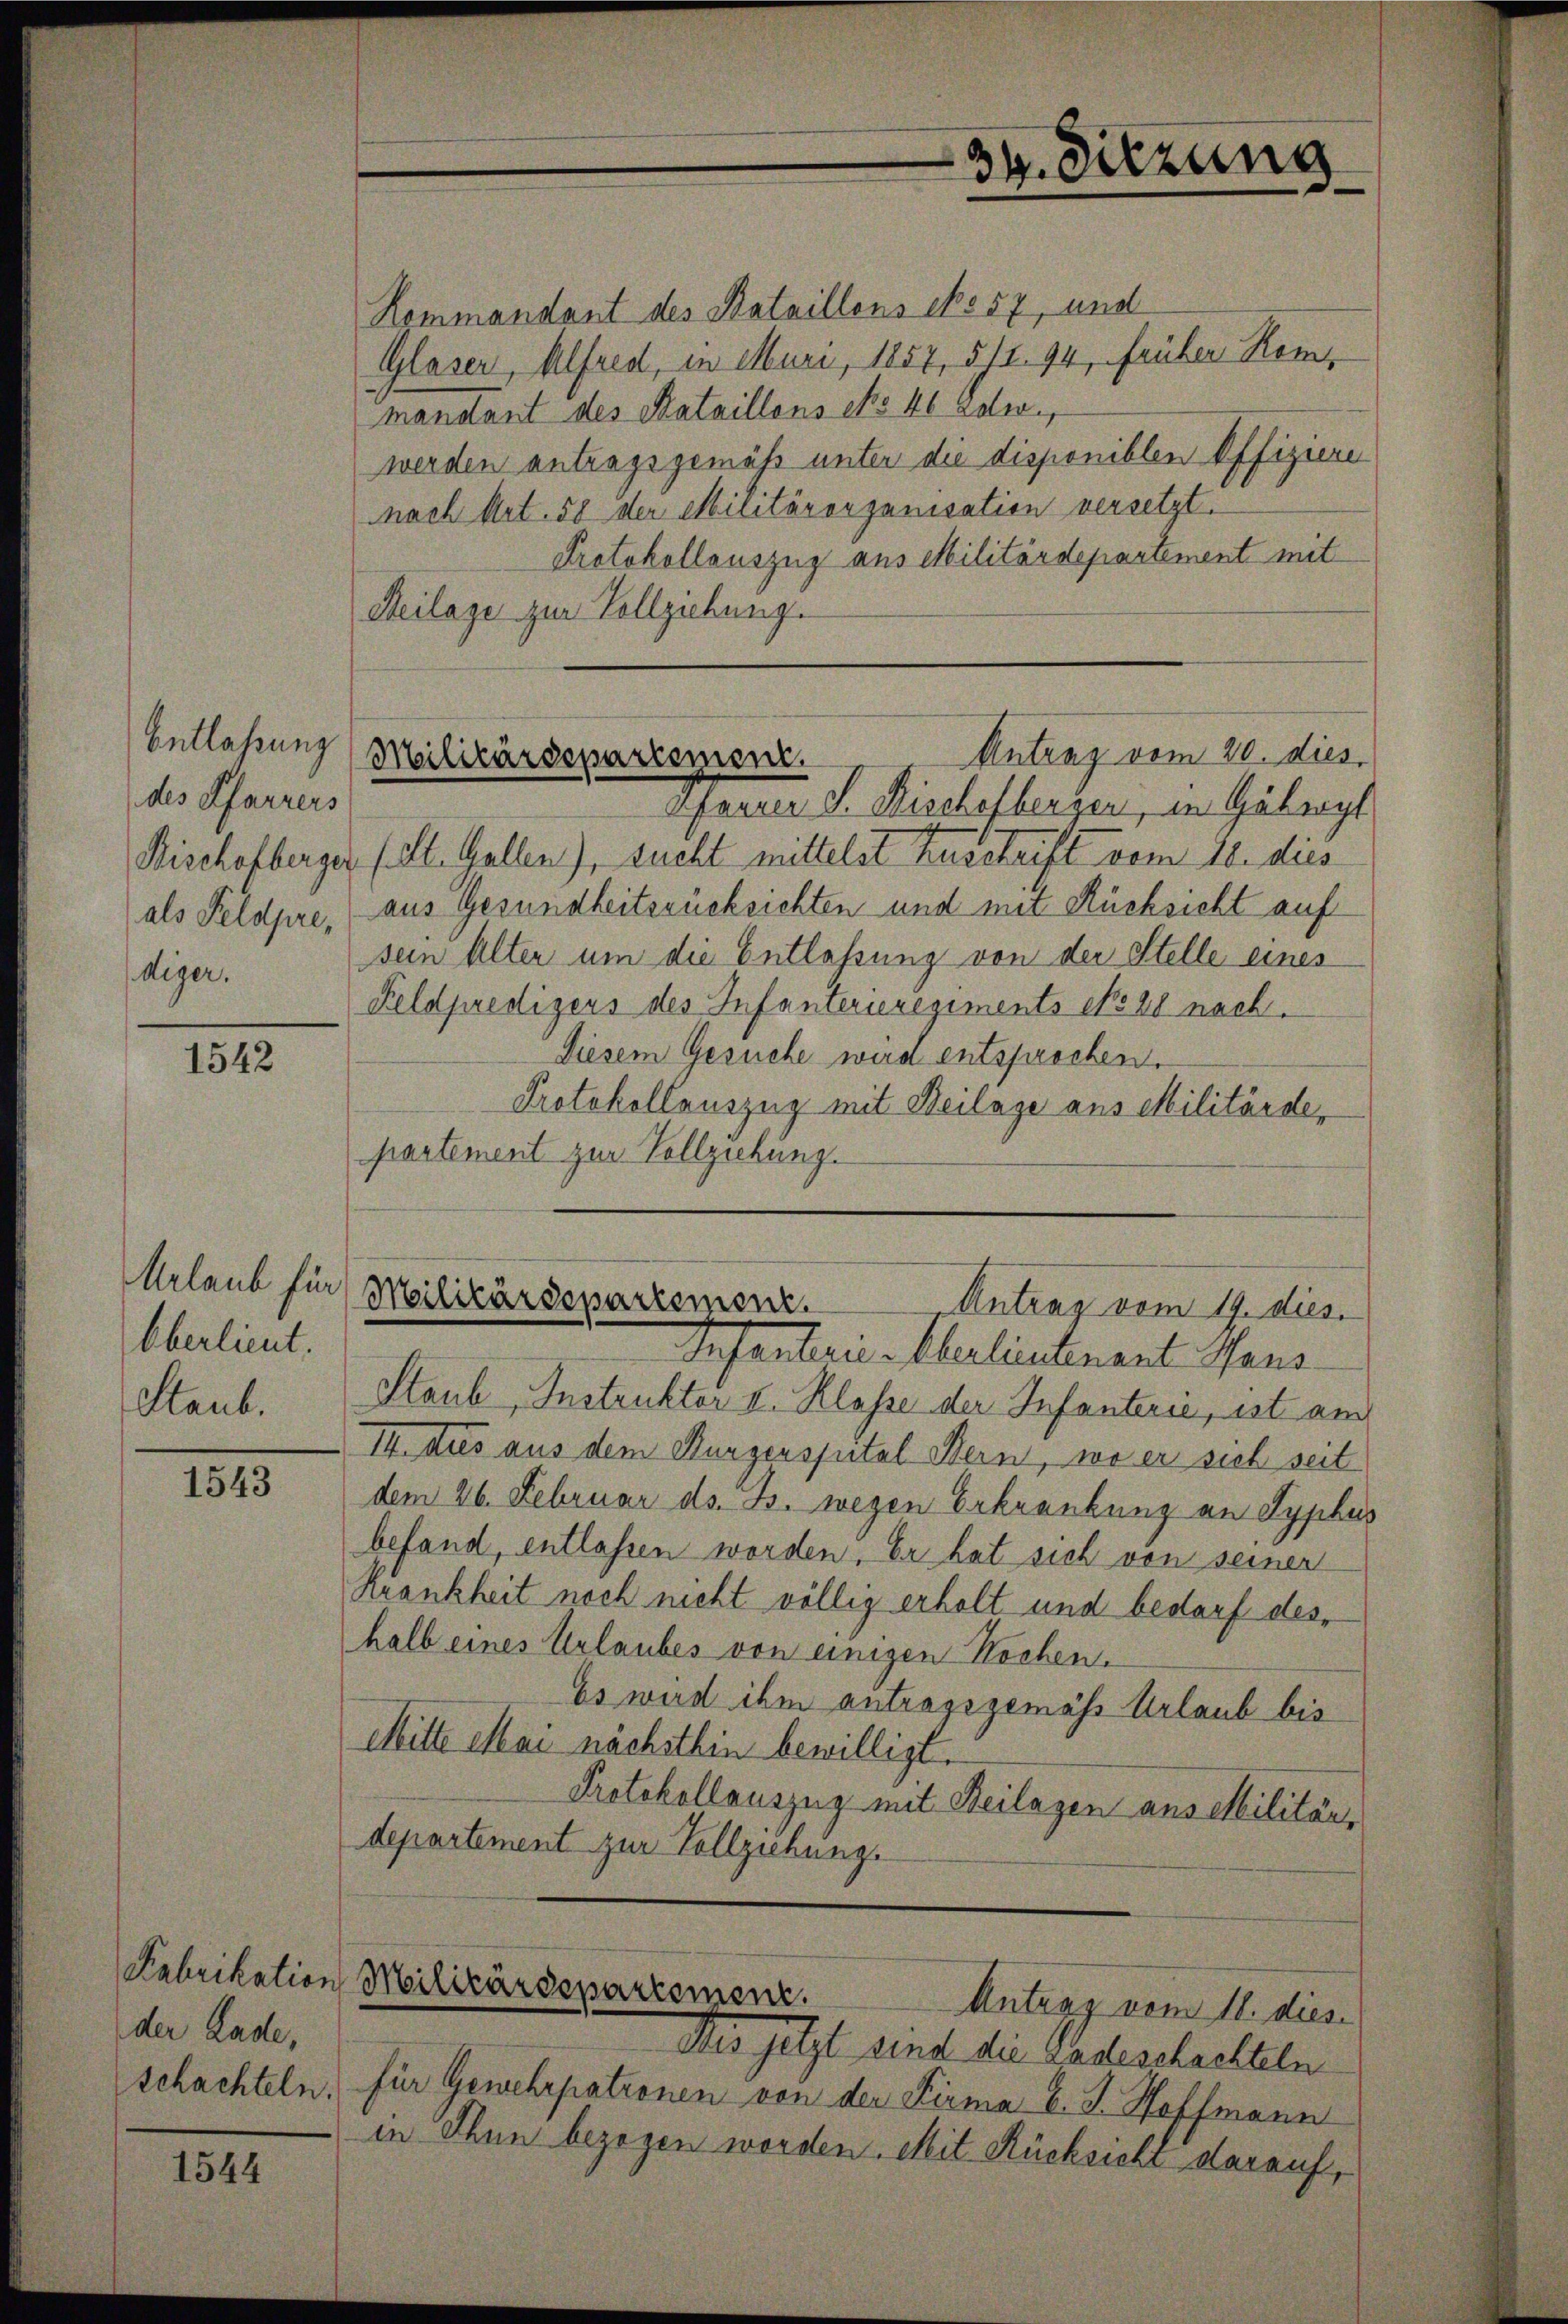
Entlassung
des Pfarrers
Bischofberger
als Feldpre,
diger.

1542

Urlaub für
Oberlieut.
Staub.

1543

der Lade,
schachteln.

1544

Kommandant des Bataillons epo 57 und
Glaser, Alfred, in Muri, 1857, 571. 94, Früher Rom
mandant des Bataillons No 40 Edw.
werden antragsgemäß unter die disponiblen Offiziere
nach Art. 58 der Militärorganisation versetzt.
Protokollauszug aus Militärdepartement mit
Reilage zur Vollziehung.
Parter d. Bischesberger, in Gelegt
(St. Gallen), sucht mittelst Zuschrift vom 18. dies
aus Gesundheitsrücksichten und mit Rücksicht auf
sein Alter um die Entlassung von der Stelle eines
Feldpredigers des Infanterieregiments No 28 nach.
Diesem Gesuche wird entsprochen.
Protokollauszug mit Beilage aus Militärdepartement zur Vollziehung.

Infantern Oberlieutenant Mens
Staub, Instruktor II. Klasse der Infanterie, ist auch
I4 dus aus dem Burgensputal Bern, wo er sich seit
dem 26. Februar ds. B. wegen Erkrankung an Syphus
befand, entlassen worden. Er hat sich von seiner
Krankheit noch nicht völlig erholt und bedarf deshalb eines Urlaubes von einigen Kochen.
Es wird ihm antragsgemäss Urlaub bis
Mitte Mai nächsthin bewilligt.
Protokollauszug mit Beilagen aus Militär-
departement zur Vollziehung.

34. Sitzung

Antrag vom 20. dies
Militärdepartement.

Militärdepartement.
Antrag vom 19. dies.

Fabrikation Militärdepartement.
Antagg vom 11. dies

Des jetzt sind die Ladeschachteln
für Gewehrpatronen von der Firma C. J. Hoffmann
in Thun bezogen worden. Mit Rücksicht darauf,